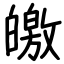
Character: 皦